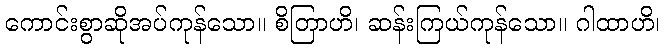
ကောင်းစွာဆိုအပ်ကုန်သော။ စိတြာဟိ၊ ဆန်းကြယ်ကုန်သော။ ဂါထာဟိ၊